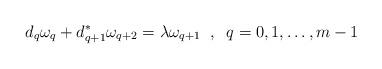
LaTeX: \begin{align*}d_q\omega_q+d_{q+1}^*\omega_{q+2}=\lambda\omega_{q+1}\;\;,\;\;q=0,1,\dots,m-1\end{align*}